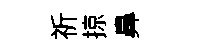
祈掠鼻